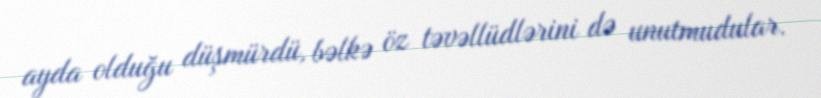
ayda olduğu düşmürdü, bəlkə öz təvəllüdlərini də unutmudular.